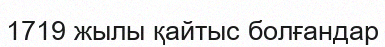
1719 жылы қайтыс болғандар